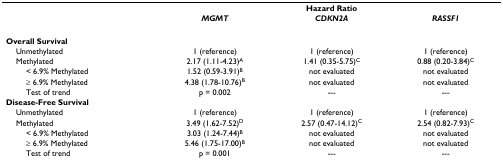
<table><thead><tr><td></td><td></td><td><b>Hazard Ratio</b></td><td></td></tr><tr><td></td><td><b><i>MGMT</i></b></td><td><b><i>CDKN2A</i></b></td><td><b><i>RASSF1</i></b></td></tr></thead><tbody><tr><td><b>Overall Survival</b></td><td></td><td></td><td></td></tr><tr><td> Unmethylated</td><td>1 (reference)</td><td>1 (reference)</td><td>1 (reference)</td></tr><tr><td> Methylated</td><td>2.17 (1.11-4.23)<sup>A</sup></td><td>1.41 (0.35-5.75)<sup>C</sup></td><td>0.88 (0.20-3.84)<sup>C</sup></td></tr><tr><td>&lt; 6.9% Methylated</td><td>1.52 (0.59-3.91)<sup>B</sup></td><td>not evaluated</td><td>not evaluated</td></tr><tr><td>≥ 6.9% Methylated</td><td>4.38 (1.78-10.76)<sup>B</sup></td><td>not evaluated</td><td>not evaluated</td></tr><tr><td>Test of trend</td><td>p = 0.002</td><td>---</td><td>---</td></tr><tr><td><b>Disease-Free Survival</b></td><td></td><td></td><td></td></tr><tr><td> Unmethylated</td><td>1 (reference)</td><td>1 (reference)</td><td>1 (reference)</td></tr><tr><td> Methylated</td><td>3.49 (1.62-7.52)<sup>D</sup></td><td>2.57 (0.47-14.12)<sup>C</sup></td><td>2.54 (0.82-7.93)<sup>C</sup></td></tr><tr><td>&lt; 6.9% Methylated</td><td>3.03 (1.24-7.44)<sup>B</sup></td><td>not evaluated</td><td>not evaluated</td></tr><tr><td>≥ 6.9% Methylated</td><td>5.46 (1.75-17.00)<sup>B</sup></td><td>not evaluated</td><td>not evaluated</td></tr><tr><td>Test of trend</td><td>p = 0.001</td><td>---</td><td>---</td></tr></tbody></table>